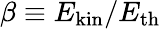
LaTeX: \beta\equiv E_{\mathrm{kin}}/E_{\mathrm{th}}